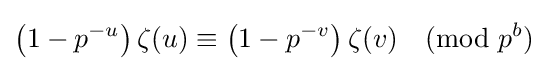
\left(1-p^{-u}\right)\zeta (u)\equiv \left(1-p^{-v}\right)\zeta (v){\pmod {p^{b}}}